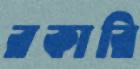
রকারি